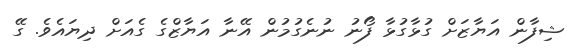
ޝިފާން އަޔާޒަށް ގުޅާގުޅާ ފޯނު ނުނެގުމުން އޭނާ އަޔާޒްގެ ގެއަށް ދިޔައެވެ. ގޭ